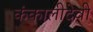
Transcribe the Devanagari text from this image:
कंकालीदेवी